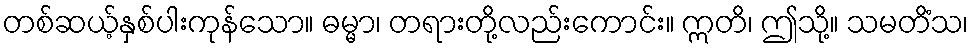
တစ်ဆယ့်နှစ်ပါးကုန်သော။ ဓမ္မာ၊ တရားတို့လည်းကောင်း။ ဣတိ၊ ဤသို့။ သမတိံသ၊